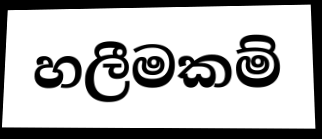
හලීමකම්